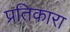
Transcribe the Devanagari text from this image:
प्रतिकारा